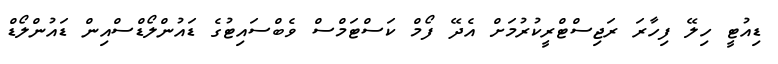
ޑިއުޓީ ހިލޭ ފިހާރަ ރަޖިސްޓްރީކުރުމަށް އެދޭ ފޯމް ކަސްޓަމްސް ވެބްސައިޓުގެ ޑައުންލޯޑްސްއިން ޑައުންލޯޑް